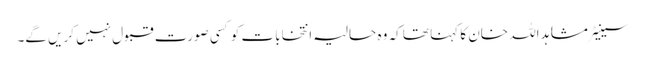
سینیٹر مشاہد اللہ خان کا کہنا تھا کہ وہ حالیہ انتخابات کو کسی صورت قبول نہیں کریں گے۔